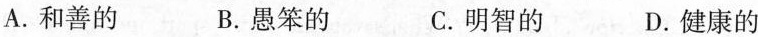
A.和善的 B.愚笨的 C.明智的 D.健康的